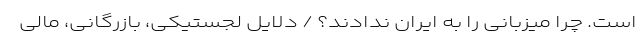
است. چرا میزبانی را به ایران ندادند؟ / دلایل لجستیکی، بازرگانی، مالی